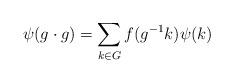
LaTeX: \begin{align*}\psi (g\cdot g) =\sum_{k\in G}f(g^{-1}k) \psi (k)\end{align*}